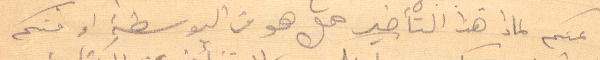
منكم لماذا هذا التأخير هل هو من البوسطة او منكم